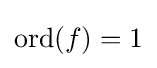
\operatorname {ord} (f)=1